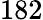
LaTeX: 182